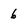
Character: 6